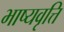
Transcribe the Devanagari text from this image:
भाष्यवृत्ति